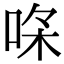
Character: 𠳸